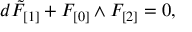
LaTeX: d \tilde { F } _ { [ 1 ] } + F _ { [ 0 ] } \wedge F _ { [ 2 ] } = 0 ,